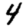
Digit: 4